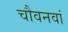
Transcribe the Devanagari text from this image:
चौवनवां